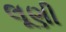
લૂણી